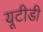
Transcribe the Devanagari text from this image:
यूटीडी